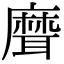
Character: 𦗕